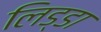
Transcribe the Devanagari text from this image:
लिड्डा